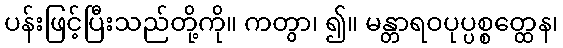
ပန်းဖြင့်ပြီးသည်တို့ကို။ ကတွာ၊ ၍။ မန္တာရဝပုပ္ပစ္စတ္ထေန၊